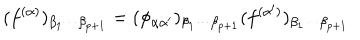
( f ^ { ( \alpha ) } ) _ { \beta _ { 1 } \cdots \beta _ { p + 1 } } = ( \phi _ { \alpha \alpha ^ { \prime } } ) _ { \beta _ { 1 } \cdots \beta _ { p + 1 } } ( f ^ { ( \alpha ^ { \prime } ) } ) _ { \beta _ { 1 } \cdots \beta _ { p + 1 } }